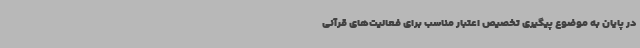
در پایان به موضوع پیگیری تخصیص اعتبار مناسب برای فعالیت‌های قرآنی